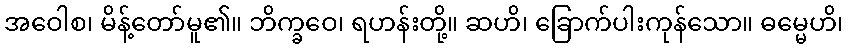
အဝေါစ၊ မိန့်တော်မူ၏။ ဘိက္ခဝေ၊ ရဟန်းတို့။ ဆဟိ၊ ခြောက်ပါးကုန်သော။ ဓမ္မေဟိ၊